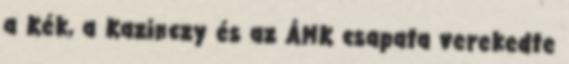
a Kék, a Kazinczy és az ÁMK csapata verekedte